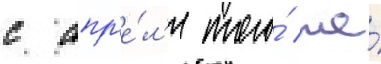
с апр'е́л'я того́ же́